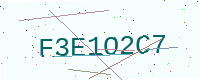
Text: F3E1O2C7